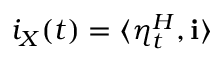
i _ { X } ( t ) = \langle \eta _ { t } ^ { H } , \mathbf { i } \rangle